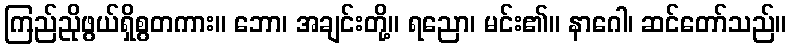
ကြည်ညိုဖွယ်ရှိစွတကား။ ဘော၊ အချင်းတို့။ ရညော၊ မင်း၏။ နာဂေါ၊ ဆင်တော်သည်။